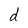
Character: d